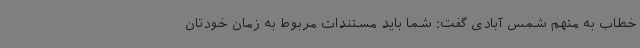
خطاب به متهم شمس آبادی گفت: شما باید مستندات مربوط به زمان خودتان